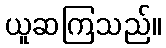
ယူဆကြသည်။